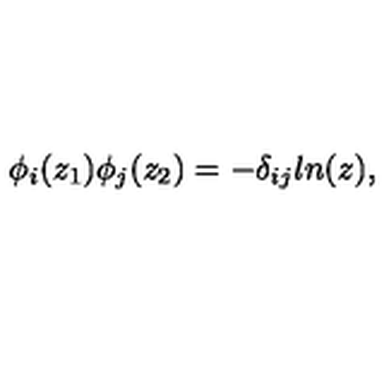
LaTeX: \phi _ { i } ( z _ { 1 } ) \phi _ { j } ( z _ { 2 } ) = - \delta _ { i j } l n ( z ) ,